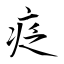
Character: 疺